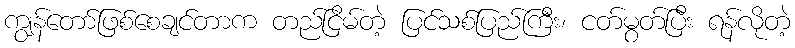
ကျွန်တော်ဖြစ်စေချင်တာက တည်ငြိမ်တဲ့ ပြင်သစ်ပြည်ကြီး၊ ငတ်မွတ်ပြီး ရန်လိုတဲ့